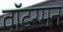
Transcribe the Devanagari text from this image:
वॉटरमन